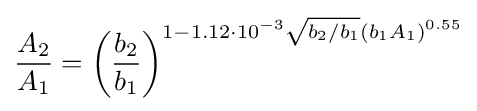
{\frac {A_{2}}{A_{1}}}=\left({\frac {b_{2}}{b_{1}}}\right)^{1-1.12\cdot 10^{-3}{\sqrt {b_{2}/b_{1}}}(b_{1}A_{1})^{0.55}}